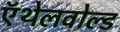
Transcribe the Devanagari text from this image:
ऍथेलवोल्ड